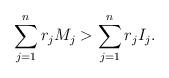
LaTeX: \begin{align*}\sum_{j = 1}^n r_jM_j > \sum_{j=1}^n r_jI_j.\end{align*}